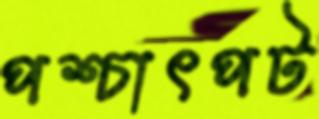
পশ্চাৎপট